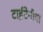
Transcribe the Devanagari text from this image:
टाईटेनीया